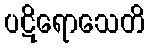
ပဋိရောသေတိ